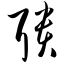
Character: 聩